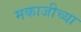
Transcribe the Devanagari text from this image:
मकाजीच्या